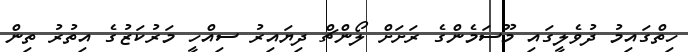
ހިތްގައިމު ދުވެލީގައި މޫސަމެންގެ ރަށަށް ލޯންޗް ދިޔައިރު ސިއްހީ މަރުކަޒުގެ އިތުރު ތިން